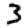
Digit: 3